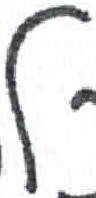
אות: ל